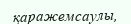
қаражемсаулы,